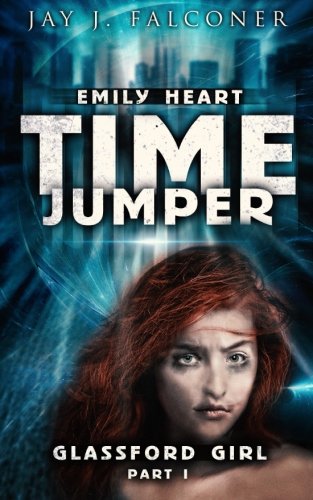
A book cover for Glassford Girl (The Emily Heart Time Jumper Series) (Volume 1); Jay J. Falconer; Science Fiction & Fantasy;